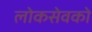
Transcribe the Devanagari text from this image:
लोकसेवको